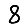
Digit: 8